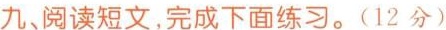
九，阅读短文，完成下面练习。(12分)